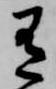
有